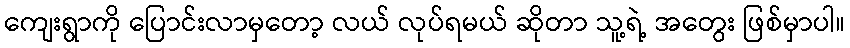
ကျေးရွာကို ပြောင်းလာမှတော့ လယ် လုပ်ရမယ် ဆိုတာ သူ့ရဲ့ အတွေး ဖြစ်မှာပါ။